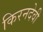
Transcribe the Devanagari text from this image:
किरनदेवी